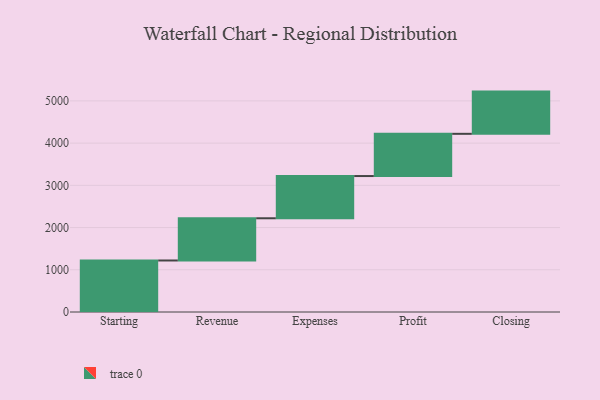
{"axis": {"x": "Step", "y": "Value"}, "legend": [""], "data": [{"x": "Starting", "y": 1220.0, "type": ""}, {"x": "Revenue", "y": 1000, "type": ""}, {"x": "Expenses", "y": 1000, "type": ""}, {"x": "Profit", "y": 1000, "type": ""}, {"x": "Closing", "y": 1000, "type": ""}]}